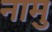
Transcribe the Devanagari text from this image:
नामु